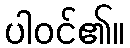
ပါဝင်၏။